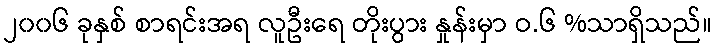
၂၀၀၆ ခုနှစ် စာရင်းအရ လူဦးရေ တိုးပွား နှုန်းမှာ ဝ.၆ %သာရှိသည်။